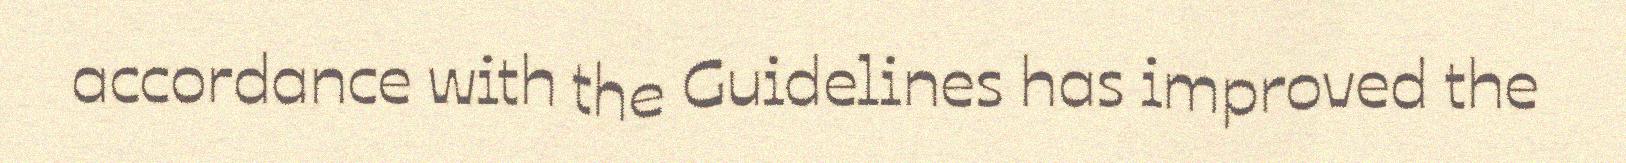
accordance with the Guidelines has improved the